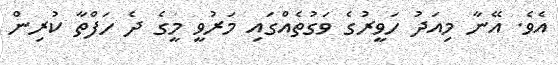
އެވެ. އޭނާ މިއަދު ހަވީރުގެ ވަގުތެއްގައި މަރުވީ މީގެ ދެ ހަފްތާ ކުރިން